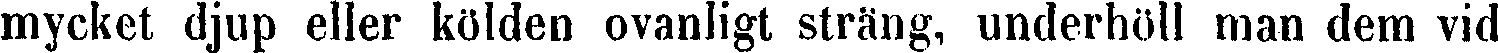
mycket djup eller kölden ovanligt sträng, underhöll man dem vid